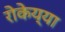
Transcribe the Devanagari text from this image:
रोकेय्या